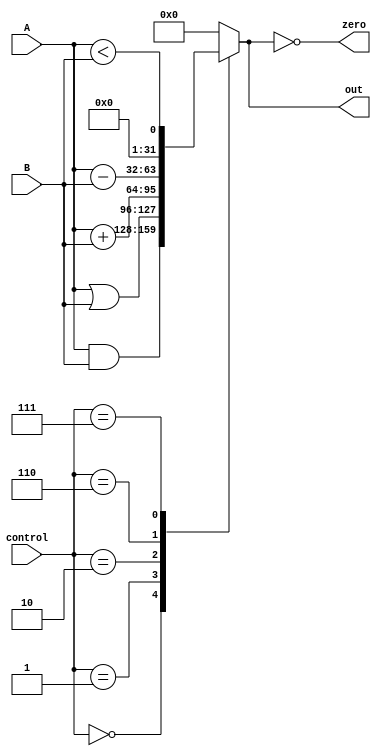
module ALU(control, A, B, out, zero);
    input [2:0] control;
    input [31:0] A, B;
    
    output reg [31:0] out;
    output zero;
    
    // 
    assign zero = (out == 0);
    
    /*
    
    */
    always @(control, A, B) begin
        case(control)
            3'b000: out <= A & B;
            3'b001: out <= A | B;
            3'b010: out <= A + B;
            3'b110: out <= A - B;
            3'b111: out <= A < B;
            default: out <= 0;
        endcase
    end
endmodule

module ALU_test;
    reg [2:0] control;
    reg [31:0] A, B;
    
    wire zero;
    wire [31:0] out;
    
    ALU alu(control, A, B, out, zero);
    
    initial begin
       control = 3'b000;
       A = 0;
       B = 1;
       
       #10
       control = 3'b001;
       A = 0;
       B = 1;
       
       #10
       control = 3'b010;
       A = 2;
       B = 2;
       
       #10
       control = 3'b110;
       A = 5;
       B = 2;
       
       #10
       control = 3'b111;
       A = 3;
       B = 2;
    end
endmodule